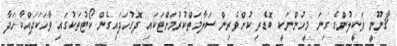
ޤާނޫނީ ވަކީލުންގެ ގިނަ މީހުންނަކީ ބޮޑެތި ކުށްވެރިން ސަލާމަތްކުރުމަށްޓަކައި ދޮގުހަދައިގެން ކޯޓުތަކުގައި ވާހަކަދައްކާހަދާ